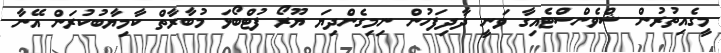
މީގެއިތުރުން ޝްވެންސްޓެއިގާ ވަނީ ދާދިފަހުން ނިމިގެންދިޔަ ޔޫރޯ ފުޓްބޯޅަ މުބާރާތް ކާމިޔާބުކުރަން އޭނާ